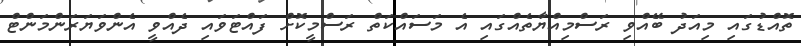
ތޮއްޑުގައި މިއަދު ބޭއްވި ރަސްމިއްޔާތެއްގައި އެ މަސައްކަތް ރަސްމީކޮށް ފައްޓަވައި ދެއްވީ އެންވަޔަރަންމަންޓް